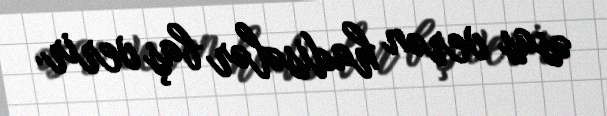
əsas verən hadisələr baş verir.